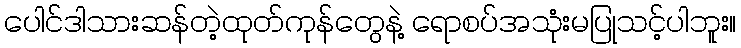
ပေါင်ဒါသားဆန်တဲ့ထုတ်ကုန်တွေနဲ့ ရောစပ်အသုံးမပြုသင့်ပါဘူး။